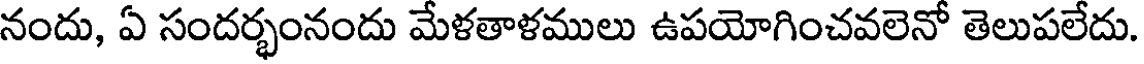
నందు, ఏ సందర్భంనందు మేళతాళములు ఉపయోగించవలెనో తెలుపలేదు.